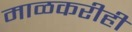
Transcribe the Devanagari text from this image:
माळकरीही